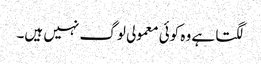
لگتا ہے وہ کوئی معمولی لوگ نہیں ہیں۔